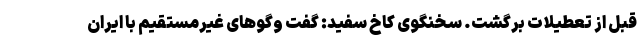
قبل از تعطیلات برگشت. سخنگوی کاخ سفید: گفت ‌وگوهای غیرمستقیم با ایران